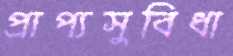
প্রাপ্যসুবিধা